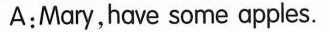
A:Mary,have some apples.